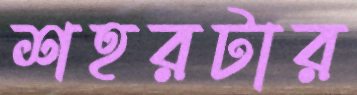
শহরটার